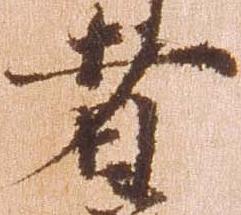
者